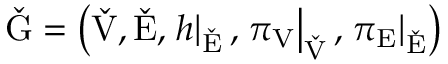
\check { \mathrm { G } } = \left( \check { \mathrm { V } } , \check { \mathrm { E } } , \left. h \right| _ { \check { \mathrm { E } } } , \left. \pi _ { \mathrm { V } } \right| _ { \check { \mathrm { V } } } , \left. \pi _ { \mathrm { E } } \right| _ { \check { \mathrm { E } } } \right)